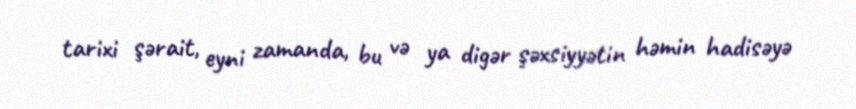
tarixi şərait, eyni zamanda, bu və ya digər şəxsiyyətin həmin hadisəyə